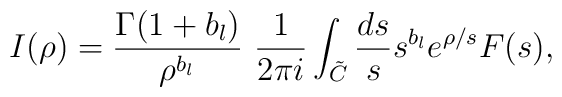
I(\rho)=\frac{\Gamma(1+b_l)}{\rho^{b_l}}\ \frac{1}{2\pi  i}\int_{\tilde{C}} \frac{ds}{s}s^{b_l} e^{\rho/s}F(s),